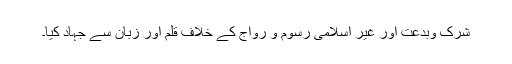
شرک وبدعت اور غیر اسلامی رسوم و رواج کے خلاف قلم اور زبان سے جہاد کیا۔